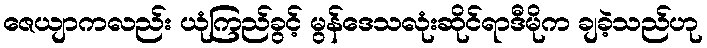
ဇေယျာကလည်း ယုံကြည်ခွင့် မွန်ဒေသလုံးဆိုင်ရာဒီမိုက ချခဲ့သည်ဟု